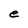
Character: e